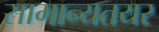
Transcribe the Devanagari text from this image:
सामान्यतयर